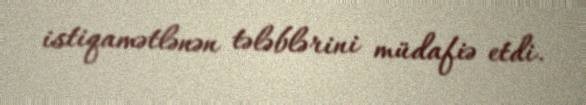
istiqamətlənən tələblərini müdafiə etdi.